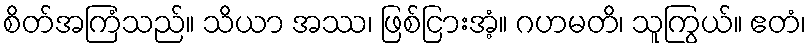
စိတ်အကြံသည်။ သိယာ အဿ၊ ဖြစ်ငြားအံ့။ ဂဟမတိ၊ သူကြွယ်။ ဧတံ၊